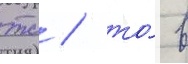
тс / то́ в